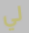
لي